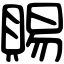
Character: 賜